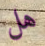
هل